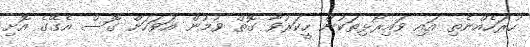
ހުރަހެއްނެތި އައި ވައިރޯޅިތަކުން ހީކަރުވާ ގޮތް ވުމުން އަވަހަށް ގޮސް އެގޭގެ އޮށި